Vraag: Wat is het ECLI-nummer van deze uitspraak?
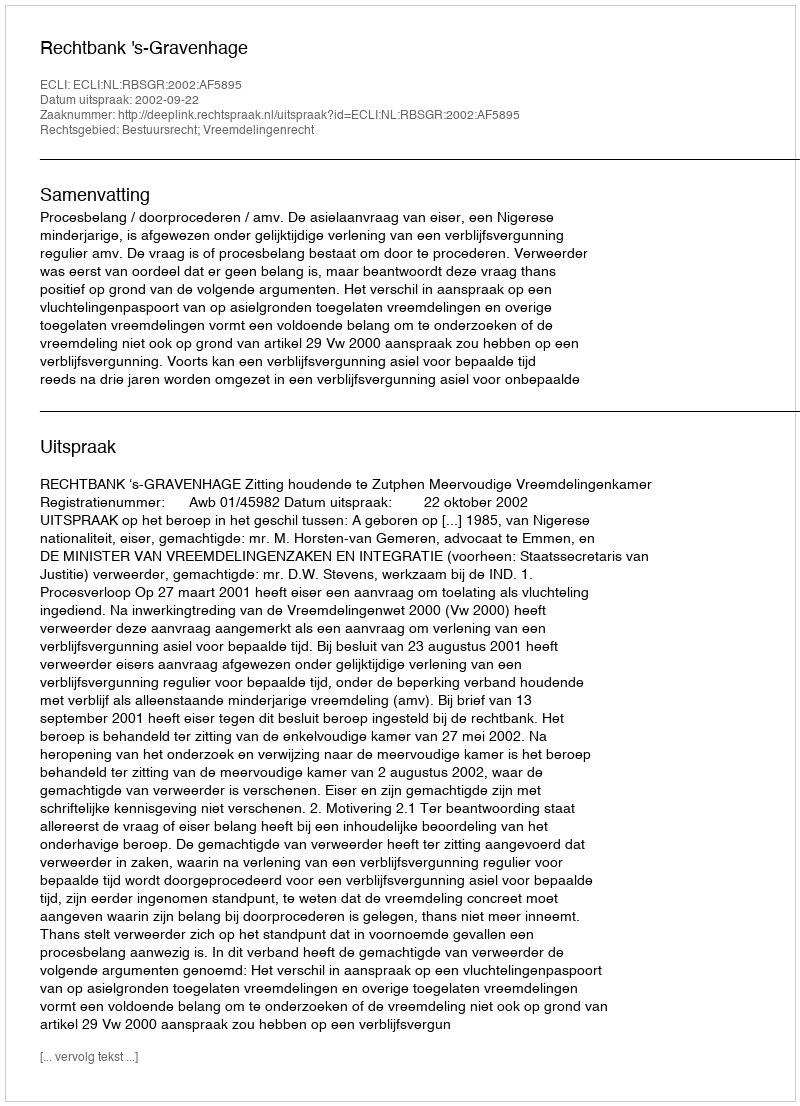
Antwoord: ECLI:NL:RBSGR:2002:AF5895